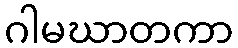
ဂါမဃာတကာ